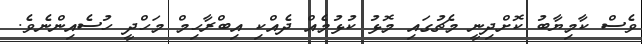
ވެސް ކާމިޔާބު ކޮށްދިނީ މެޗުގައި މޮޅު ކުޅުމެއް ދެއްކި އިބްރާހިމް މަހްދީ ހުސެއިންނެވެ.